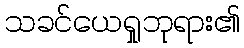
သခင်ယေရှုဘုရား၏